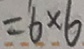
= 6 \times 6